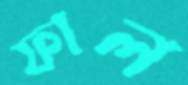
ফাল